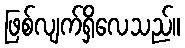
ဖြစ်လျက်ရှိလေသည်။